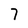
Character: 7